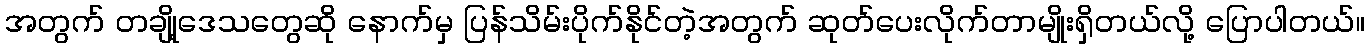
အတွက် တချို့ဒေသတွေဆို နောက်မှ ပြန်သိမ်းပိုက်နိုင်တဲ့အတွက် ဆုတ်ပေးလိုက်တာမျိုးရှိတယ်လို့ ပြောပါတယ်။